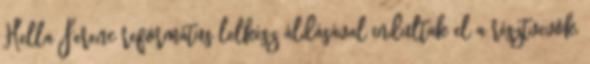
Hella Ferenc református lelkész áldásával indultak el a résztvevõk,